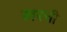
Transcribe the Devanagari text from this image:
खरची